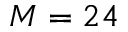
M = 2 4